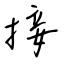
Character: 接